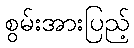
စွမ်းအားပြည့်